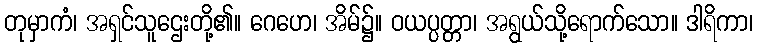
တုမှာကံ၊ အရှင်သူဌေးတို့၏။ ဂေဟေ၊ အိမ်၌။ ဝယပ္ပတ္တာ၊ အရွယ်သို့ရောက်သော။ ဒါရိကာ၊